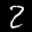
Label: 2